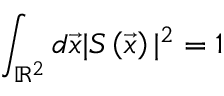
\int _ { \mathbb { R } ^ { 2 } } d \vec { x } | S \left( \vec { x } \right) | ^ { 2 } = 1